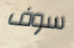
سوف